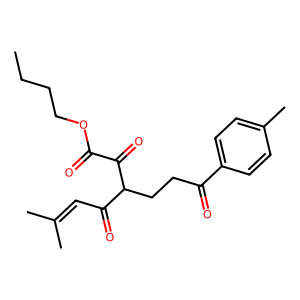
SMILES: CCCCOC(=O)C(=O)C(CCC(=O)c1ccc(C)cc1)C(=O)C=C(C)C
Inhibits HIV replication: No